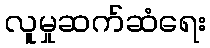
လူမှုဆက်ဆံရေး